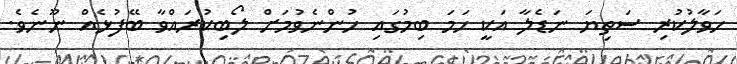
ހަވާލުކުރި ސަތިޔަ ނަޑެލާ އަކީ ހަމަ ބިމުގައި ހުންނެވުމަށް ލޯބިކުރައްވާ ބޭފުޅެއް ނޫނެވެ.